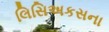
લિસિઅકસના